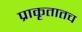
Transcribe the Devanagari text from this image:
प्राकृतातच